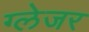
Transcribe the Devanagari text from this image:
ग्लेजर